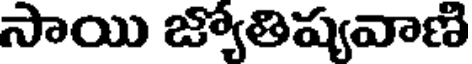
సాయి జ్యోతిష్యవాణి